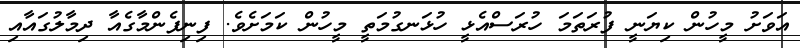
އަވަށު މީހުން ކިޔަނީ ފުރަތަމަ ހުރަސްއެޅީ ހުޅަނގުމަތީ މީހުން ކަމަށެވެ. ފިނިފެންމާގެއާ ދިމާލުގައާއި